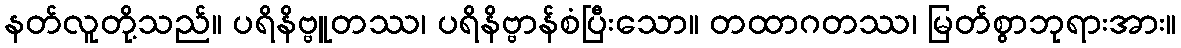
နတ်လူတို့သည်။ ပရိနိဗ္ဗူတဿ၊ ပရိနိဗ္ဗာန်စံပြီးသော။ တထာဂတဿ၊ မြတ်စွာဘုရားအား။